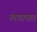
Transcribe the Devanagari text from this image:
लगावत